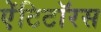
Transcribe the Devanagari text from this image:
ऐंटिटॉरस